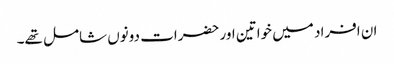
ان افراد میں خواتین اور حضرات دونوں شامل تھے۔